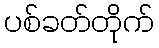
ပစ်ခတ်တိုက်